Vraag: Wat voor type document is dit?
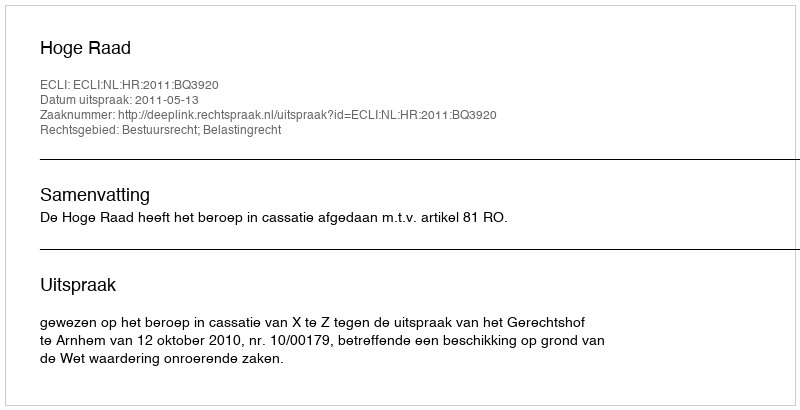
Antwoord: Uitspraak